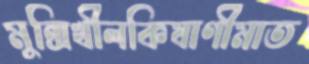
মুন্সিখীলকিষাণীমাত